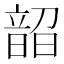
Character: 𬰼